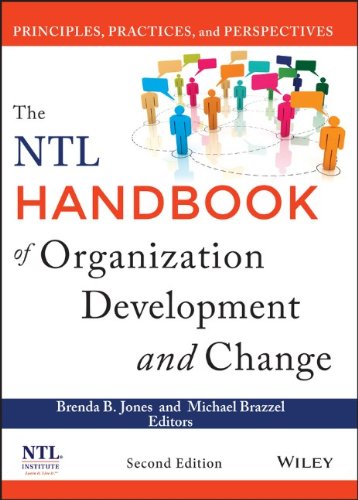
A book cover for The NTL Handbook of Organization Development and Change: Principles, Practices, and Perspectives; Brenda B. Jones; Business & Money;